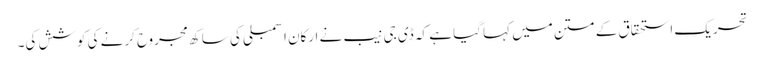
تحریک استحقاق کے متن میں کہا گیا ہے کہ ڈی جی نیب نے ارکان اسمبلی کی ساکھ مجروح کرنے کی کوشش کی۔